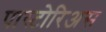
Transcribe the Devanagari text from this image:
पास्टोरिअस